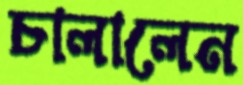
চালালেন